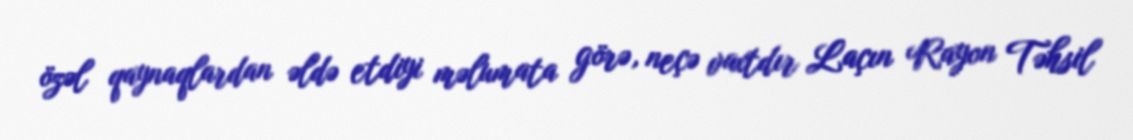
özəl qaynaqlardan əldə etdiyi məlumata görə, neçə vaxtdır Laçın Rayon Təhsil